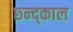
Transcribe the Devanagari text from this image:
छ्न्द्काल